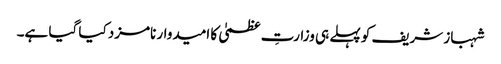
شہباز شریف کو پہلے ہی وزارتِ عظمیٰ کا امیدوار نامزد کیا گیا ہے۔